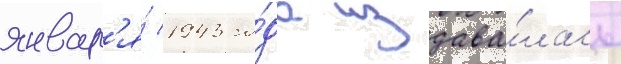
январ'я́ 1943 го́да издава́лась